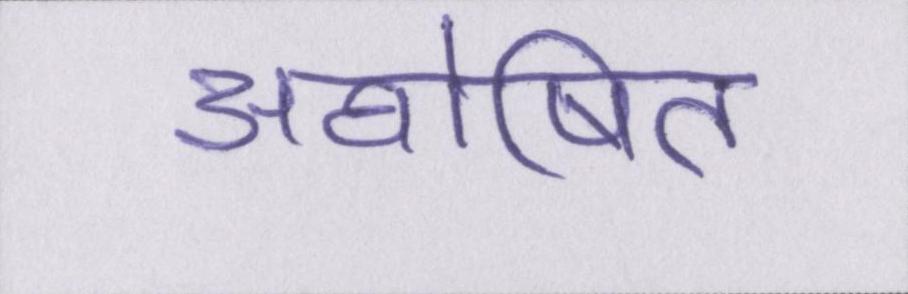
अघोषित